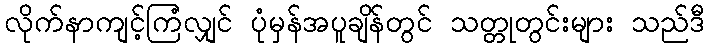
လိုက်နာကျင့်ကြံလျှင် ပုံမှန်အပူချိန်တွင် သတ္တုတွင်းများ သည်ဒီ